Annual report of the Punjab Veterinary College and of the Civil Veterinary Department, Punjab - 1926-1932
Year: 1926
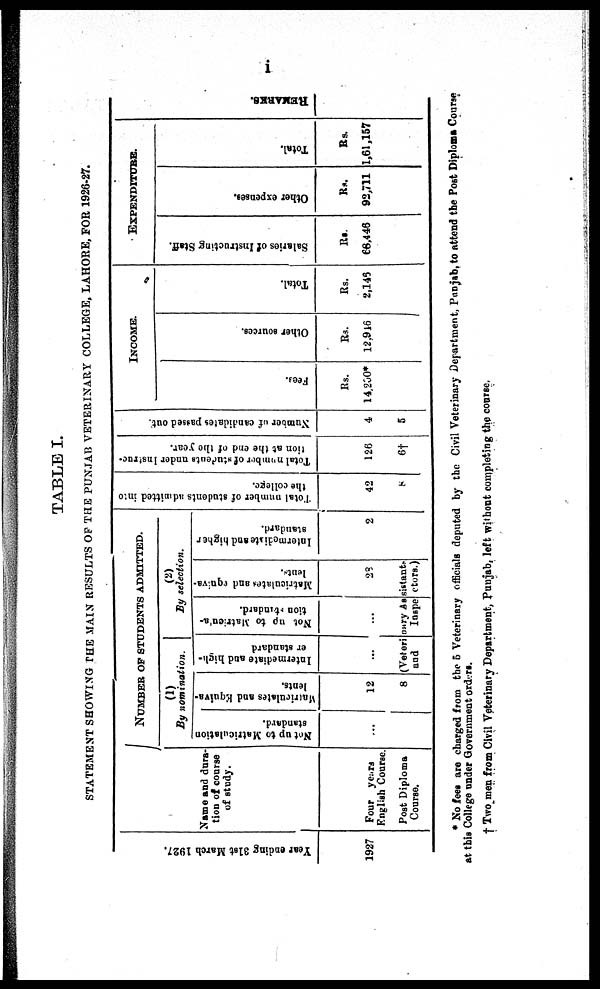
i
TABLE I.
STATEMENT SHOWING THE MAIN RESULTS OF THE PUNJAB VETERINARY COLLEGE, LAHORE, FOR 1926-27.
Year e n d i n g 31st Ma r
c h 1927.
1927
Name and dura-
tion of course
of study.
Four years
English Course.
Post Diploma
Course.
NUMBER OF STUDENTS ADMITTED.
(1)
By nomination.
Not up to Matriculation
standard.
...
Matriculates
and Equiva-
lents.
12
8
Intermediate and high-
er standard
...
(2)
By selection.
Not up to Matricula-
tion standard.
...
Matriculates
and equiva-
lents
28
(Veterinary Assistant-
and
Inspectors.)
Intermediate
and higher
standard.
2
Total number of students admitted into
the college.
42
8
Total number
of students
under In
tion at the end of the year.
126
6†
Number of candidates passed out.
4
5
INCOME.
Fees.
Rs.
14,200*
Ot her sources.
Rs.
12,946
Tot al .
Rs.
2,146
EXPENDITURE.
Salaries of Instructing Staff.
Rs.
68,446
Ot her expens es .
Rs.
92,711
Tot al .
Rs.
1,61,157
REMARKS .
* No fees are charged from the 5 Veterinary officials deputed by the Civil Veterinary Department, Punjab, to attend the Post Diploma Course
at this College under Government orders.
† Two men from Civil Veterinary Department, Punjab, left without completing the course.